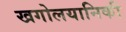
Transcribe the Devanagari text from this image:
खगोलयानिकी